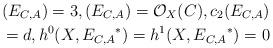
LaTeX: \begin{align*}(E_{C, A}) = 3, (E_{C, A}) = \mathcal{O}_X(C), c_2(E_{C, A})\\ = d, h^0(X, {E_{C, A}}^*)= h^1(X, {E_{C, A}}^*) = 0\end{align*}